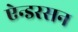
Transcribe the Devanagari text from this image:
ऐन्डरसन